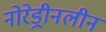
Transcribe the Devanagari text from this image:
नोरेड्रीनलीन